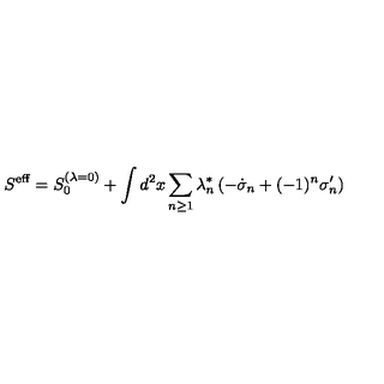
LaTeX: S ^ { \mathrm { e f f } } = S _ { 0 } ^ { ( \lambda = 0 ) } + \int d ^ { 2 } x \sum _ { n \geq 1 } \lambda _ { n } ^ { * } \left( - \dot { \sigma } _ { n } + ( - 1 ) ^ { n } \sigma _ { n } ^ { \prime } \right)